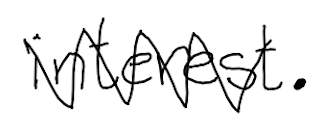
Text: interest.
Cross-out: zig-zag
Writing tool: digital_black